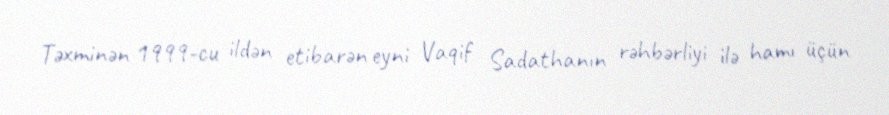
Təxminən 1999-cu ildən etibarən eyni Vaqif Sadathanın rəhbərliyi ilə hamı üçün